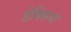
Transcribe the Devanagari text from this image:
डेक्सिया